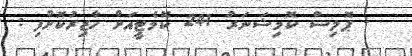
- ޕޮލިސް ކޮމިޝަނަރު 241 ކޮމެޓީއަށް ހާޒިރުކޮށްފި :